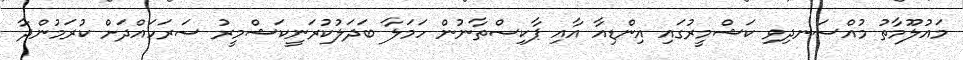
މައުލޫމާތު މުއްސަނދިވި ކަޝްމީރުގައި އިންޑިއާ އާއި ޕާކިސްތާނުން ހަމަލާ ބަދަލުކުރަނީކަޝްމީރު ސަރަހައްދަށް ކުރަމުންދާ